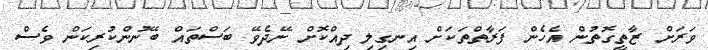
ވަރަށް ޒާތީގޮތުން އެހެން ފަަރާތްތަކަށް އިނގިލި ދިއްކޮށް ނޭދެވޭ ބަސްތައް ބޭނުންކުރިކަން ވެސް